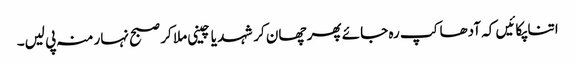
اتنا پکائیں کہ آدھا کپ رہ جائے پھر چھان کر شہد یا چینی ملا کر صبح نہار منہ پی لیں۔